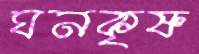
ঘনকৃষ্ণ